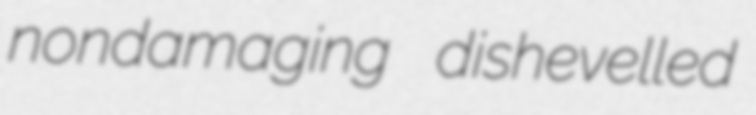
nondamaging dishevelled